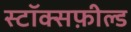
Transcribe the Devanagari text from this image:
स्टॉक्सफ़ील्ड